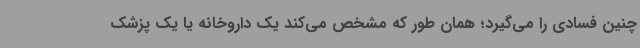
چنین فسادی را می‌گیرد؛ همان طور که مشخص می‌کند یک داروخانه یا یک پزشک